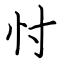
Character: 忖